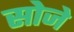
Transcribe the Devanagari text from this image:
सोजे